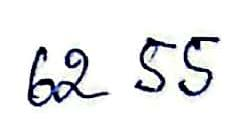
62 55